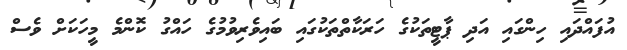
އުފައްދައި ހިންގައި އަދި ޕާޓީތަކުގެ ހަރަކާތްތަކުގައި ބައިވެރިވުމުގެ ހައްގު ކޮންމެ މީހަކަށް ވެސް